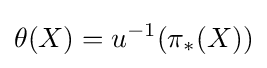
\theta (X)=u^{-1}(\pi _{*}(X))